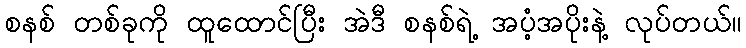
စနစ် တစ်ခုကို ထူထောင်ပြီး အဲဒီ စနစ်ရဲ့ အပံ့အပိုးနဲ့ လုပ်တယ်။